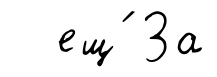
ещ́ За